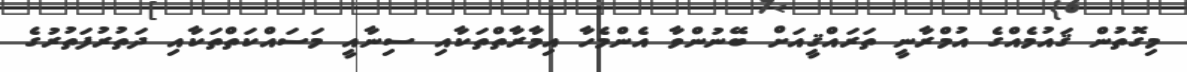
މިގޮތުން ޤައުމެއްގެ އުމްރާނީ ތަރައްޤީއަށް ބޭނުންވާ އެންމެހާ އިމާރާތްތަކާއި ސިނާއީ މަސައްކަތްތަކާއި ދަތުރުފަތުރުގެ